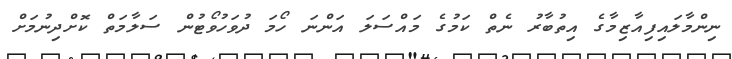
ނިންމާލައިފިއާޒިމާގެ އިތުބާރު ނެތް ކަމުގެ މައްސަލަ އަންނަ ހޯމަ ދުވަހުވޯޓުން ސަލާމަތް ކޮށްދިނުމަށް